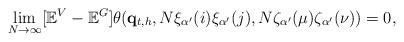
LaTeX: \begin{align*} \lim_{N \rightarrow \infty} [\mathbb{E}^V-\mathbb{E}^G] \theta(\mathbf{q}_{t, h}, N \xi_{\alpha^{\prime}}(i) \xi_{\alpha^{\prime}}(j), N \zeta_{\alpha^{\prime}}(\mu) \zeta_{\alpha^{\prime}}(\nu))=0,\end{align*}